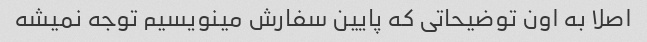
اصلا به اون توضیحاتی که پایین سفارش مینویسیم توجه نمیشه